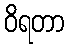
ဝိရတာ